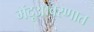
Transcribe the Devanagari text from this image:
मेंदूआवरणात